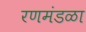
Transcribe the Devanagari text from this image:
रणमंडळा